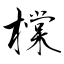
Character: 橖